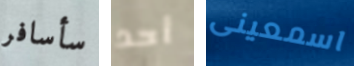
سأسافر أحد اسمعينى